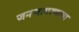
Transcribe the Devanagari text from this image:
जनजागरणाचा